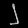
Digit: ၂